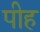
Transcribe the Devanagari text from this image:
पीह